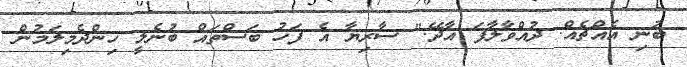
ބުނި އެއްޗެއް. ދުއްވާލާފަ އާދޭ." ސާރިޔާ އެ ފަހު ބަސްތައް ބުނެލީ ހިންދެމިލަމުން